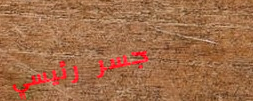
جسر رئيسي